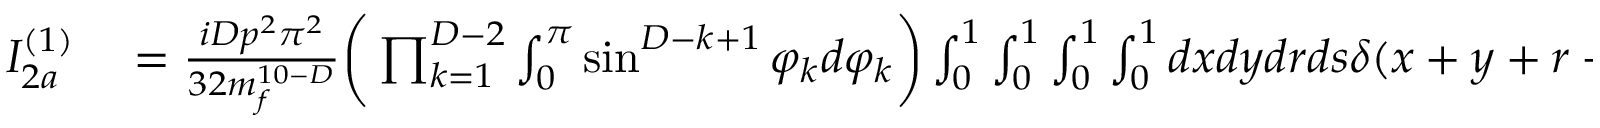
\begin{array} { r l } { I _ { 2 a } ^ { ( 1 ) } } & { { } = \frac { i D p ^ { 2 } \pi ^ { 2 } } { 3 2 m _ { f } ^ { 1 0 - D } } \bigg ( \prod _ { k = 1 } ^ { D - 2 } \int _ { 0 } ^ { \pi } \sin ^ { D - k + 1 } \varphi _ { k } d \varphi _ { k } \bigg ) \int _ { 0 } ^ { 1 } \int _ { 0 } ^ { 1 } \int _ { 0 } ^ { 1 } \int _ { 0 } ^ { 1 } d x d y d r d s \delta ( x + y + r + s - 1 ) \frac { x y } { ( r + s ) ^ { 5 - \frac { D } { 2 } } } } \end{array}